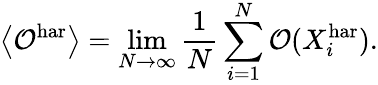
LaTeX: \left\langle\mathcal{O}^{\textrm{har}}\right\rangle=\operatorname*{lim}_{N\rightarrow\infty}\frac{1}{N}\sum_{i=1}^{N}\mathcal{O}(X_{i}^{\textrm{har}}).